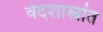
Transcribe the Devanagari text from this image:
वेदशास्त्रांत